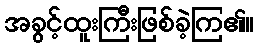
အခွင့်ထူးကြီးဖြစ်ခဲ့ကြ၏။